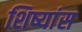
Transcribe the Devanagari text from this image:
शिष्यांस